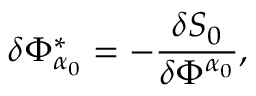
\delta \Phi _ { \alpha _ { 0 } } ^ { * } = - \frac { \delta S _ { 0 } } { \delta \Phi ^ { \alpha _ { 0 } } } ,